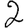
Digit: 2